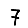
Digit: 7